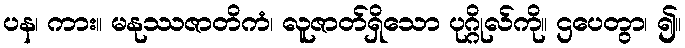
ပန၊ ကား။ မနုဿဇာတိကံ၊ လူဇာတ်ရှိသော ပုဂ္ဂိုလ်ကို။ ဌပေတွာ၊ ၍။